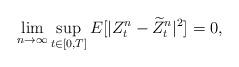
LaTeX: \begin{align*} \lim_{n\rightarrow \infty} \sup_{t\in [0,T]} E[ |Z^n_t- \widetilde{Z}^n_t|^2] =0,\end{align*}